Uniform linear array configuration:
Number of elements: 24
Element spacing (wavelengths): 0.5
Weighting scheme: kaiser
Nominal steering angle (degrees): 60
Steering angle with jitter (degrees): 59.878
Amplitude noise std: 0.05
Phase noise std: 0.05

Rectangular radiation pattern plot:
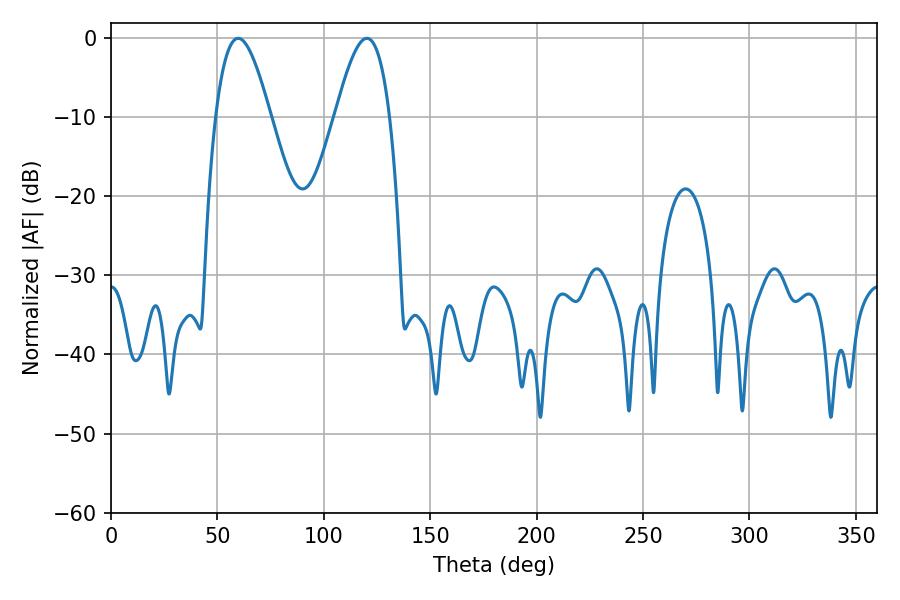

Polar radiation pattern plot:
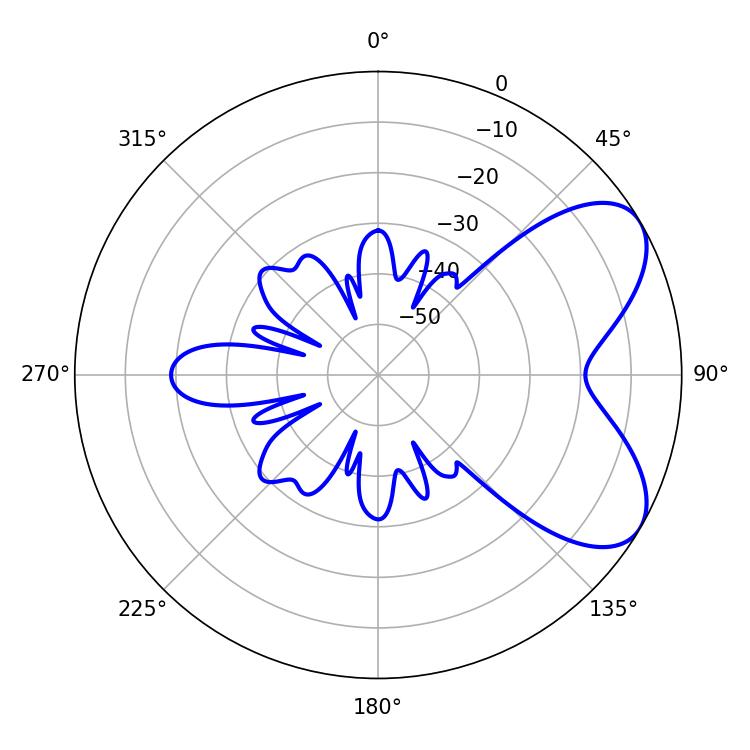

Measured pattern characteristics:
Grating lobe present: FALSE
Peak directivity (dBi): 6.357
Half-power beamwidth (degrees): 14.04
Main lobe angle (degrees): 59.76